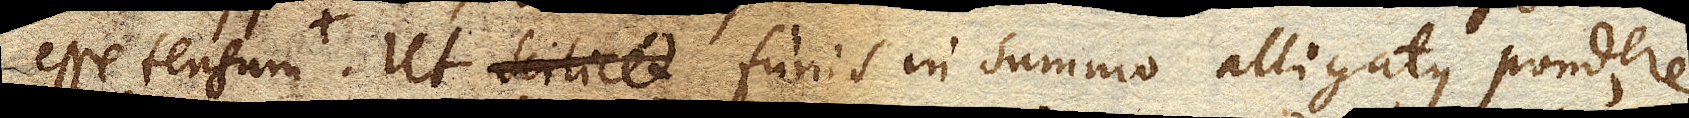
esse tensum. Ut funis in summo alligatus pondere